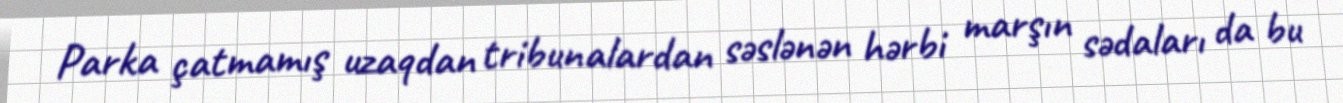
Parka çatmamış uzaqdan tribunalardan səslənən hərbi marşın sədaları da bu